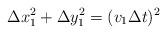
LaTeX: \begin{align*}\Delta x_1^2+\Delta y_1^2=(v_1\Delta t)^2 \end{align*}